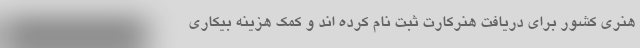
هنری کشور برای دریافت هنرکارت ثبت نام کرده اند و کمک هزینه بیکاری